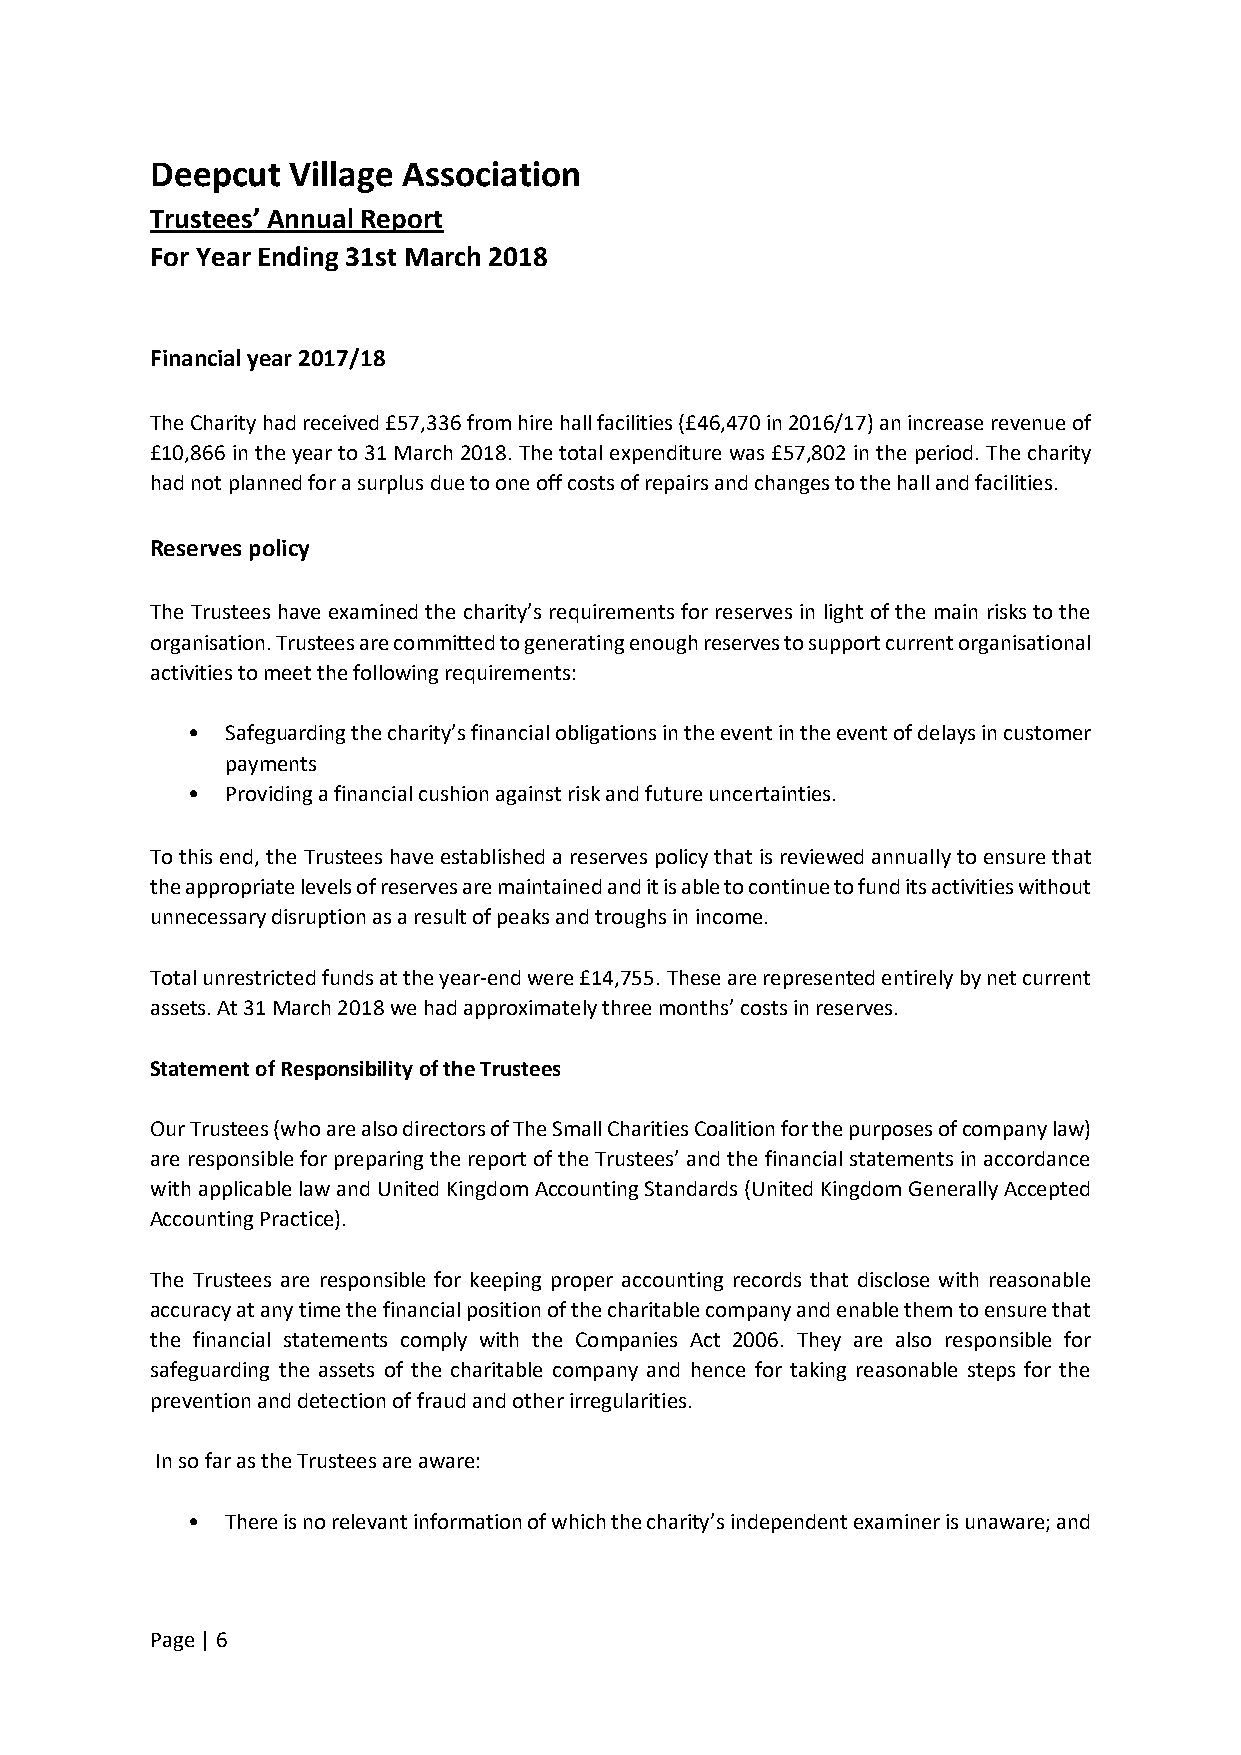
Deepcut  Village Association
 Trustees’ Annual Report
 For Year Ending 31st March 2018
 Financial year 2017/18
 The Charity had received £57,336 from hire hall facilities (£46,470 in 2016/17) an increase revenue of
 £10,866 in the year to 31 March 2018. The total expenditure was £57,802 in the period. The charity
 had not planned for a surplus due to one off costs of repairs and changes to the hall and facilities.
 Reserves policy
 The Trustees have examined the charity’s requirements for reserves in light of the main risks to the
 organisation. Trustees are committed to generating enough reserves to support current organisational
 activities to meet the following requirements:
 •  Safeguarding the charity’s financial obligations in the event in the event of delays in customer
 payments
 •  Providing a financial cushion against risk and future uncertainties.
 To this end, the Trustees have established a reserves policy that is reviewed annually to ensure that
 the appropriate levels of reserves are maintained and it is able to continue to fund its activities without
 unnecessary disruption as a result of peaks and troughs in income.
 Total unrestricted funds at the year-end were £14,755. These are represented entirely by net current
 assets. At 31 March 2018 we had approximately three months’ costs in reserves.
 Statement of Responsibility of the Trustees
 Our Trustees (who are also directors of The Small Charities Coalition for the purposes of company law)
 are responsible for preparing the report of the Trustees’ and the financial statements in accordance
 with applicable law and United Kingdom Accounting Standards (United Kingdom Generally Accepted
 Accounting Practice).
 The Trustees are responsible for keeping proper accounting records that disclose with reasonable
 accuracy at any time the financial position of the charitable company and enable them to ensure that
 the financial statements comply with the Companies Act 2006. They are also responsible for
 safeguarding the assets of the charitable company and hence for taking reasonable steps for the
 prevention and detection of fraud and other irregularities.
 In so far as the Trustees are aware:
 •  There is no relevant information of which the charity’s independent examiner is unaware; and
 Page | 6